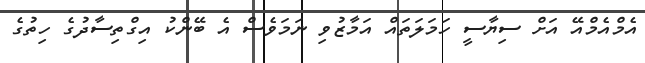
އެމްއެމްއޭ އަށް ސިޔާސީ ހަމަލަތައް އަމާޒުވި ނަމަވެސް އެ ބޭންކު އިގްތިސާދުގެ ހިތުގެ